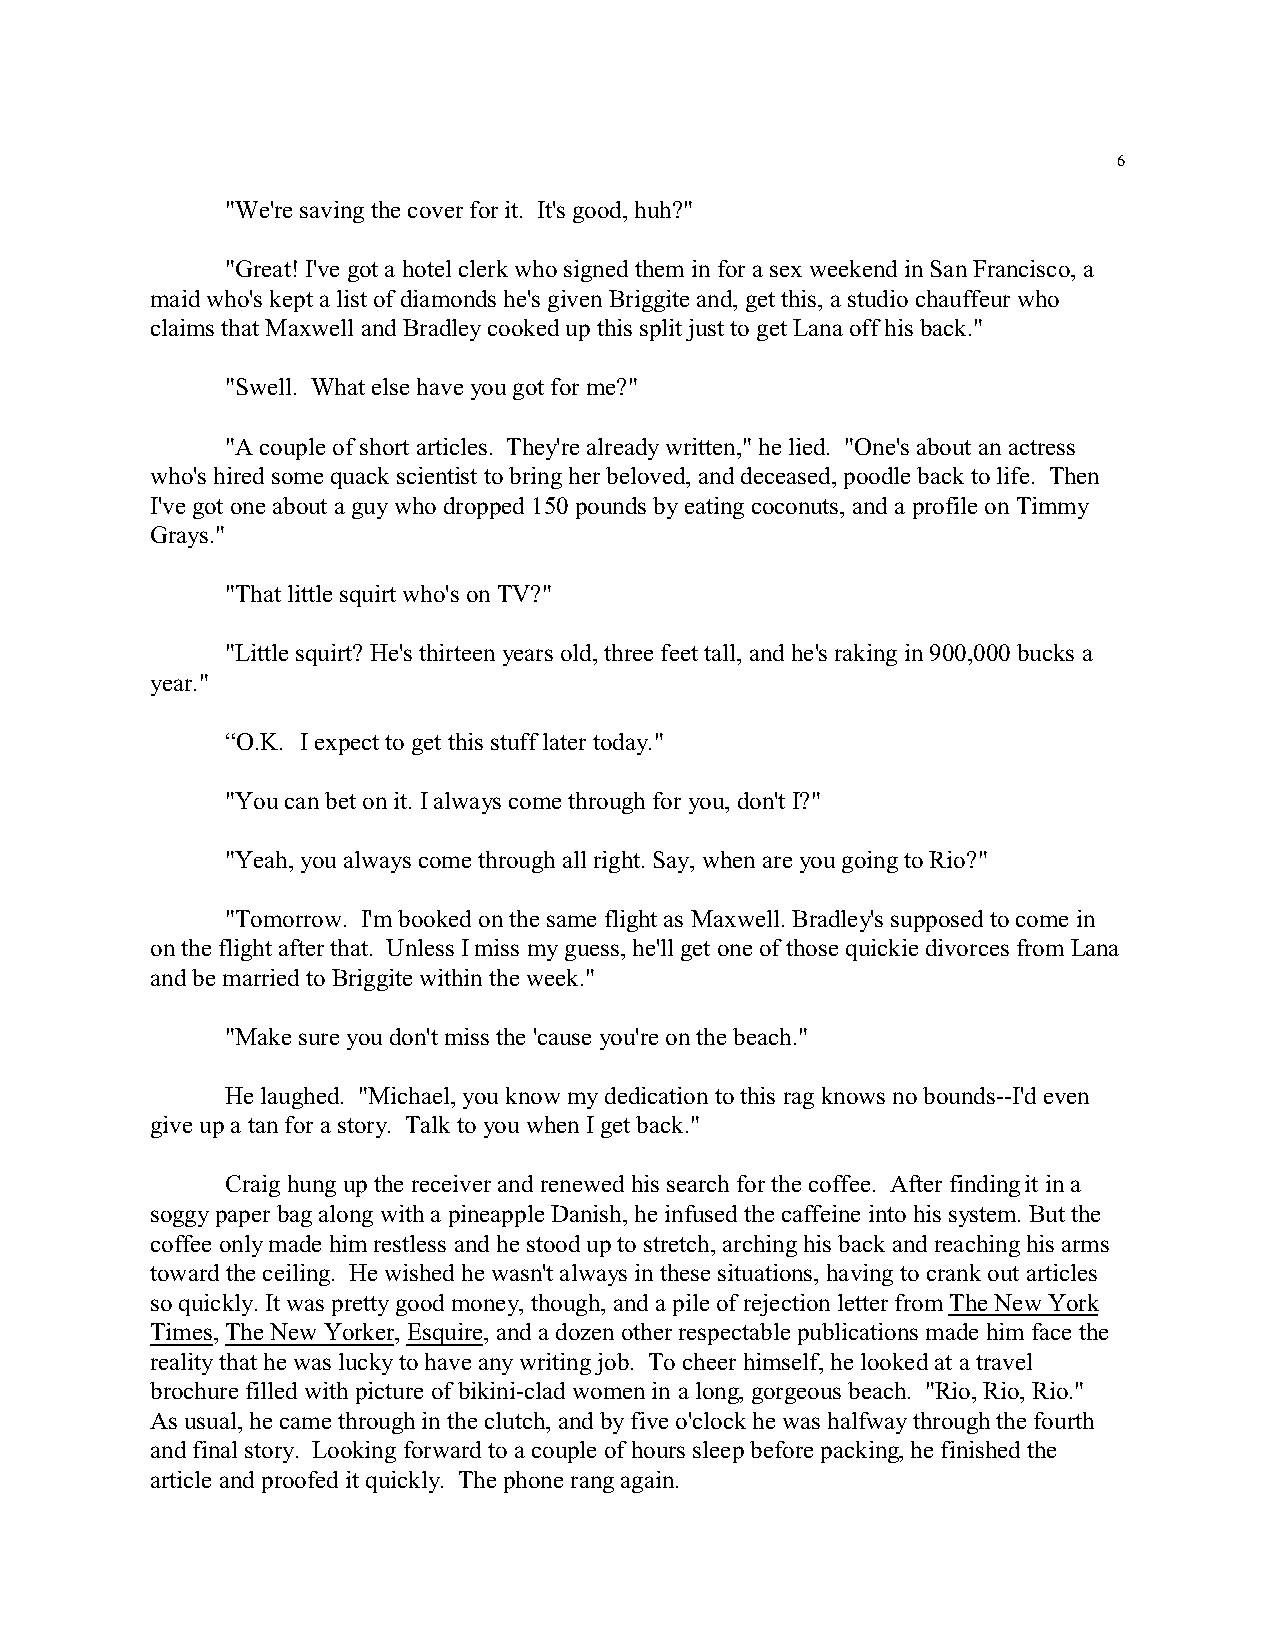
6
 "We're saving the cover for it. It's good, huh?"
 "Great! I've got a hotel clerk who signed them in for a sex weekend in San Francisco, a
 maid who's kept a list of diamonds he's given Briggite and, get this, a studio chauffeur who
 claims that Maxwell and Bradley cooked up this split just to get Lana off his back."
 "Swell. What else have you got for me?"
 "A couple of short articles. They're already written," he lied. "One's about an actress
 who's hired some quack scientist to bring her beloved, and deceased, poodle back to life. Then
 I've got one about a guy who dropped 150 pounds by eating coconuts, and a profile on Timmy
 Grays."
 "That little squirt who's on TV?"
 "Little squirt? He's thirteen years old, three feet tall, and he's raking in 900,000 bucks a
 year."
 “O.K. I expect to get this stuff later today."
 "You can bet on it. I always come through for you, don't I?"
 "Yeah, you always come through all right. Say, when are you going to Rio?"
 "Tomorrow. I'm booked on the same flight as Maxwell. Bradley's supposed to come in
 on the flight after that. Unless I miss my guess, he'll get one of those quickie divorces from Lana
 and be married to Briggite within the week."
 "Make sure you don't miss the 'cause you're on the beach."
 He laughed. "Michael, you know my dedication to this rag knows no bounds--I'd even
 give up a tan for a story. Talk to you when I get back."
 Craig hung up the receiver and renewed his search for the coffee. After finding it in a
 soggy paper bag along with a pineapple Danish, he infused the caffeine into his system. But the
 coffee only made him restless and he stood up to stretch, arching his back and reaching his arms
 toward the ceiling. He wished he wasn't always in these situations, having to crank out articles
 so quickly. It was pretty good money, though, and a pile of rejection letter from The New York
 Times, The New Yorker, Esquire, and a dozen other respectable publications made him face the
 reality that he was lucky to have any writing job. To cheer himself, he looked at a travel
 brochure filled with picture of bikini-clad women in a long, gorgeous beach. "Rio, Rio, Rio."
 As usual, he came through in the clutch, and by five o'clock he was halfway through the fourth
 and final story. Looking forward to a couple of hours sleep before packing, he finished the
 article and proofed it quickly. The phone rang again.